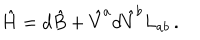
\hat { H } = d \hat { B } + { \hat { V } } ^ { a } d { \hat { V } } ^ { b } L _ { a b } \, .